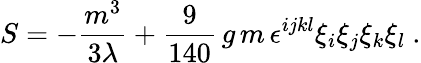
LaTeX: S=-\frac{m^{3}}{3\lambda}+\frac{9}{140}\, g\, m\, \epsilon^{ijkl}\xi_{i}\xi_{j}\xi_{k}\xi_{l}\ .